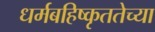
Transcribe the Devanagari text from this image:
धर्मबहिष्कृततेच्या